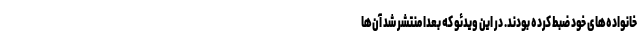
خانواده‌های خود ضبط کرده بودند. در این ویدئو که بعدا منتشر شد آن‌ها